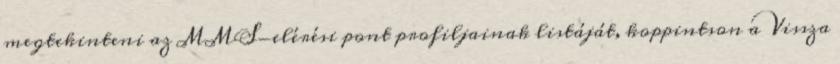
megtekinteni az MMS-elérési pont profiljainak listáját, koppintson a Vissza